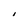
Character: I